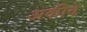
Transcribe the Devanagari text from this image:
अकीदे